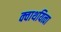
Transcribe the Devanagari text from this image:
क्वाथयित्वा